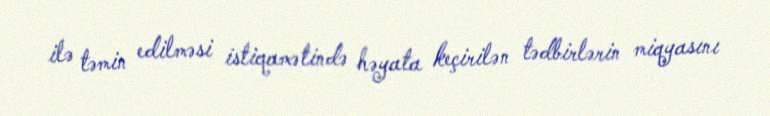
ilə təmin edilməsi istiqamətində həyata keçirilən tədbirlərin miqyasını